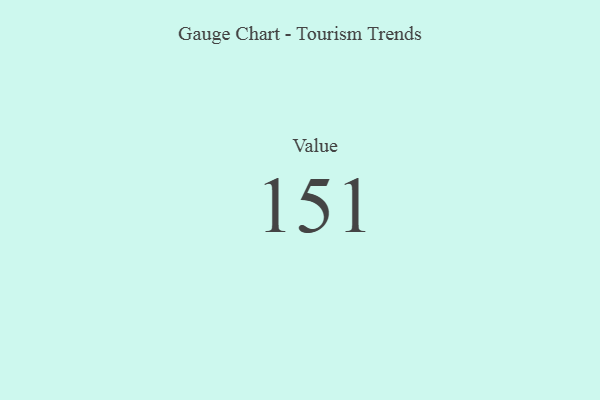
{"axis": {"x": "Metric", "y": "Value"}, "legend": [""], "data": [{"x": "Value", "y": 151, "type": ""}]}